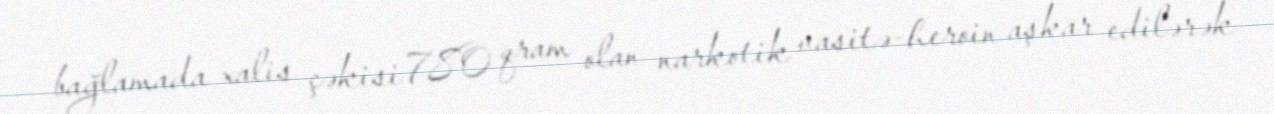
bağlamada xalis çəkisi 780 qram olan narkotik vasitə-heroin aşkar edilərək